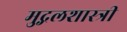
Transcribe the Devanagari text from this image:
मुद्गलशास्त्री